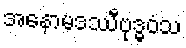
အနောမဒဿီဗုဒ္ဓဝံသ